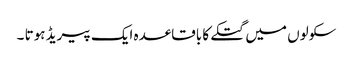
سکولوں میں گتکے کا باقاعدہ ایک پیریڈ ہوتا ۔